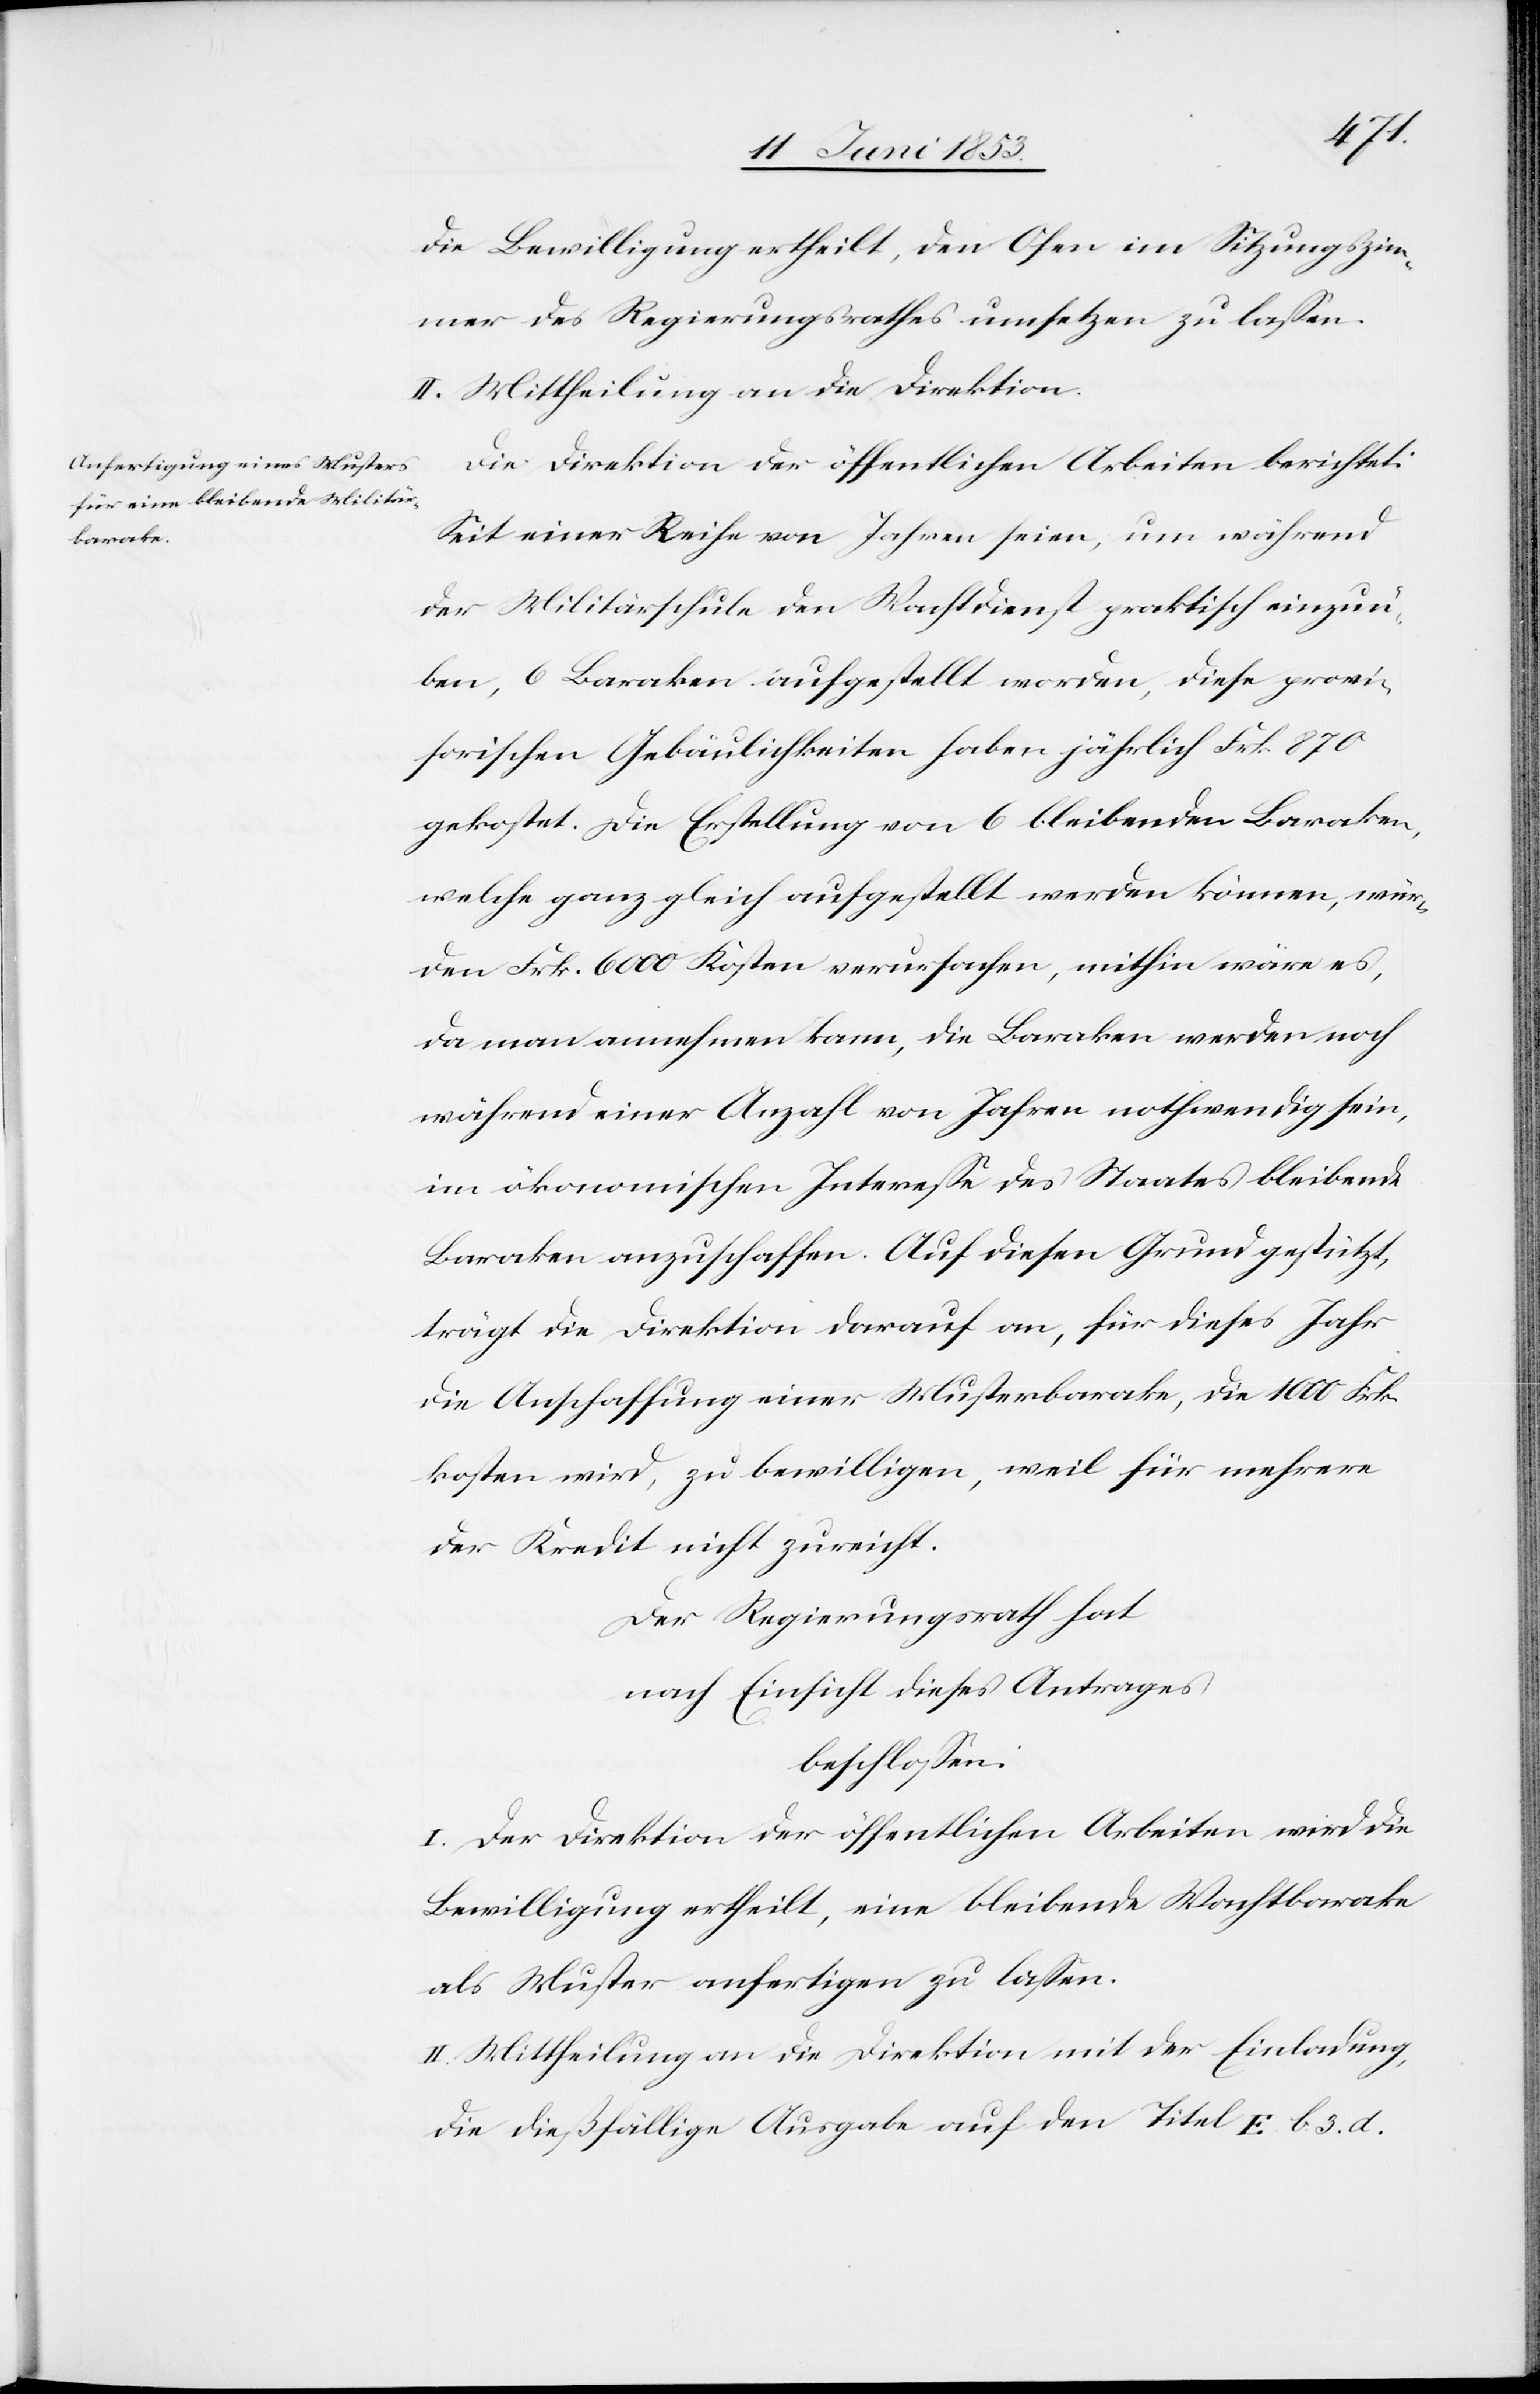
die Bewilligung ertheilt, den Ofen im Sitzungszim¬
mer des Regierungsrathes umsetzen zu laßen.
II. Mittheilung an die Direktion.
Die Direktion der öffentlichen Arbeiten berichtet:
Seit einer Reihe von Jahren seien, um während
der Militärschule den Wachtdienst praktisch einzuü¬
ben, 6 Baraken aufgestellt worden, diese provi¬
sorischen Gebäulichkeiten haben jährlich Frk. 870
gekostet. Die Erstellung von 6 bleibenden Baraken,
welche ganz gleich aufgestellt werden können, wür¬
den Frk. 6000 Kosten verursachen, mithin wäre es,
da man annehmen kann, die Baraken werden noch
während einer Anzahl von Jahren nothwendig sein,
im ökonomischen Intereße des Staates bleibende
Baraken anzuschaffen. Auf diesen Grund gestützt,
trägt die Direktion darauf an, für dieses Jahr
die Anschaffung einer Musterbarake, die 1000 Frk.
kosten wird, zu bewilligen, weil für mehrere
der Kredit nicht zureicht.
Der Regierungsrath hat
nach Einsicht dieses Antrages
beschloßen:
I. Der Direktion der öffentlichen Arbeiten wird die
Bewilligung ertheilt, eine bleibende Wachtbarake
als Muster anfertigen zu laßen.
II. Mittheilung an die Direktion mit der Einladung
die dießfällige Ausgabe auf den Titel E b. 3. d.